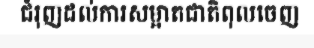
ជំរុញដល់ការសម្អាតជាតិពុលចេញ